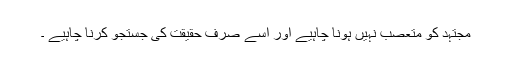
مجتہد کو متعصب نہیں ہونا چاہیے اور اسے صرف حقیقت کی جستجو کرنا چاہیے ۔